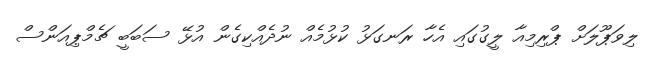
ލިވަޕޫލަށް ޕްރިމިއާ ލީގުގައި އެހާ ރަނގަޅު ކުޅުމެއް ނުދެއްކިގެން އުޅޭ ސަބަބީ ޗެމްޕިއަންސް